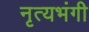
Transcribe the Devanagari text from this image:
नृत्यभंगी